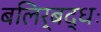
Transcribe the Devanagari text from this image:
बलिर्बद्धः